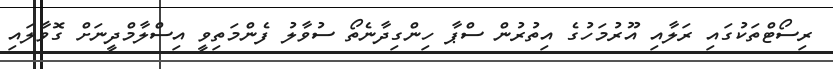
ރިސޯޓްތަކުގައި ރަލާއި އޫރުމަހުގެ އިތުރުން ސްޕާ ހިންގިދާނެތޯ ސުވާލު ފެންމަތިވީ އިސްލާމްދީނަށް ގޮވާލައި